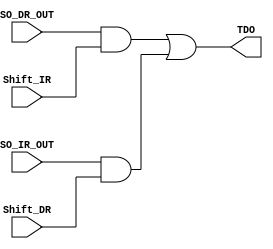
module TDO_CONTROL_BOX(input Shift_IR,Shift_DR,SO_DR_OUT,SO_IR_OUT,
output TDO);

wire w1,w2;

and g1(w1,SO_DR_OUT,Shift_IR);
and g2(w2,SO_IR_OUT,Shift_DR);
or g3(TDO,w1,w2);

endmodule